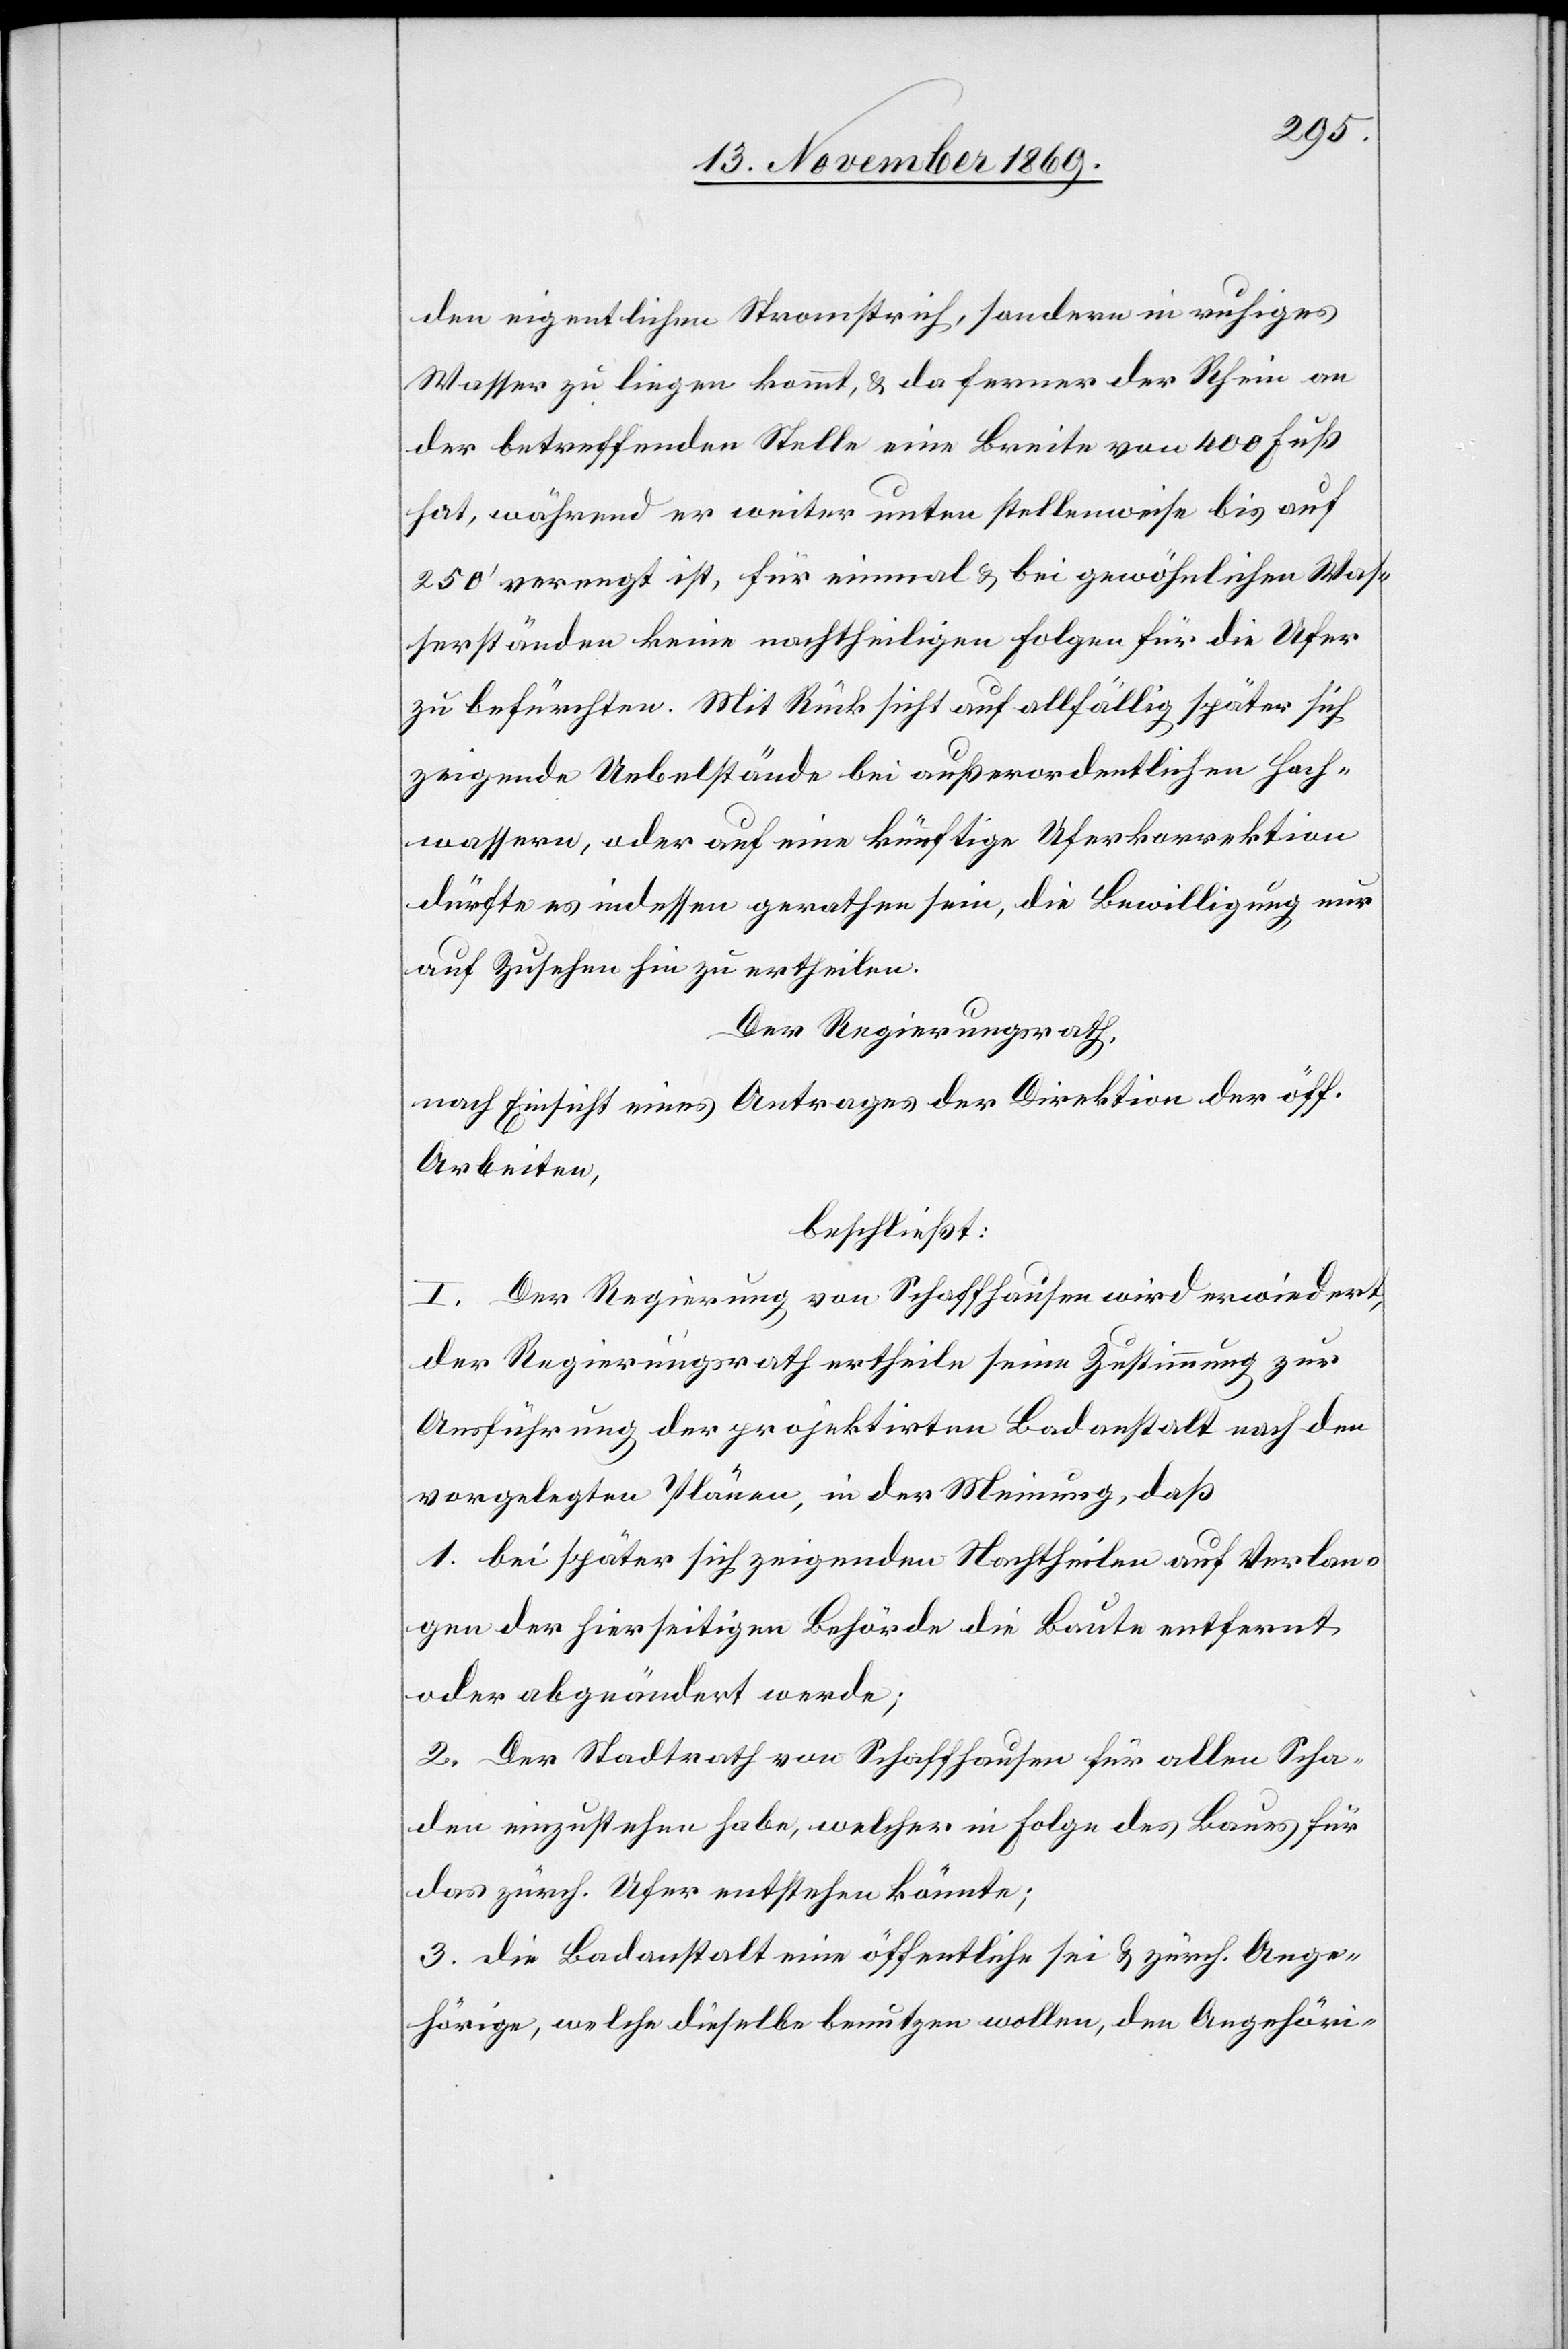
den eigentlichen Stromstrich, sondern in ruhiges
Wasser zu liegen kommt, & da ferner der Rhein an
der betreffenden Stelle eine Breite von 400 Fuß
hat, während er weiter unten stellenweise bis auf
250‘ verengt ist, für einmal & bei gewöhnlichen Was¬
serständen keine nachtheiligen Folgen für die Ufer
zu befürchten. Mit Rücksicht auf allfällig später sich
zeigende Uebelstände bei außerordentlichen Hoch¬
wassern, oder auf eine künftige Uferkorrektion
dürfte es indessen gerathen sein, die Bewilligung nur
auf Zusehen hin zu ertheilen.
Der Regierungsrath,
nach Einsicht eines Antrages der Direktion der öff.
Arbeiten,
beschließt:
I. Der Regierung von Schaffhausen wird erwiedert,
der Regierungsrath ertheile seine Zustimmung zur
Ausführung der projektirten Badanstalt nach den
vorgelegten Plänen, in der Meinung, daß
1. bei später sich zeigenden Nachtheilen auf Verlan¬
gen der hierseitigen Behörde die Baute entfernt
oder abgeändert werde;
2. Der Stadtrath von Schaffhausen für allen Scha¬
den einzustehen habe, welcher in Folge des Baues für
das zürch. Ufer entstehen könnte;
3. die Badanstalt eine öffentliche sei & zürch. Ange¬
hörige, welche dieselbe benutzen wollen, den Angehöri-